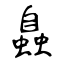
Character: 𧑉